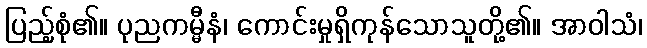
ပြည့်စုံ၏။ ပုညကမ္မီနံ၊ ကောင်းမှုရှိကုန်သောသူတို့၏။ အာဝါသံ၊